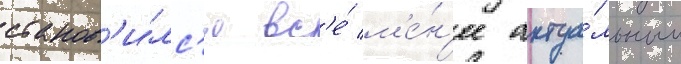
станов'и́лс'я вс'е́ м'е́н'ее актуа́льным